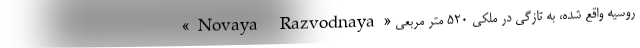
«Novaya Razvodnaya» روسیه واقع شده، به تازگی در ملکی ۵۲۰ متر مربعی